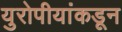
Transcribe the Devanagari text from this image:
युरोपीयांकडून